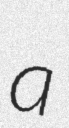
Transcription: a